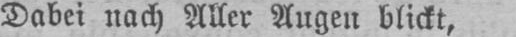
Dabei nach Aller Augen blickt,